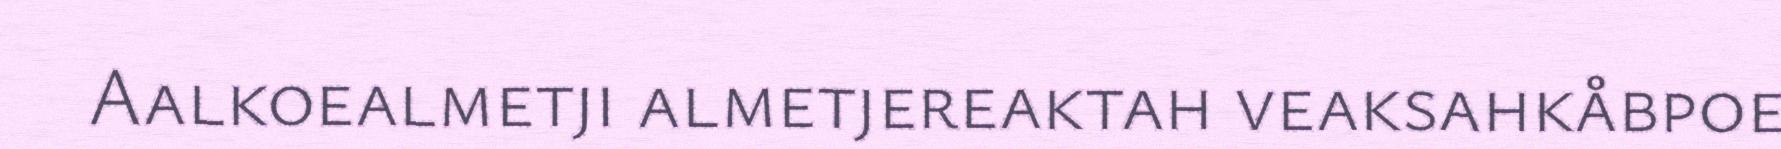
Aalkoealmetji almetjereaktah veaksahkåbpoe